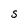
Character: S